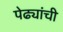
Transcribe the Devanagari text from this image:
पेढ्यांची